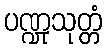
ပဏ္ဍုသုတ္တံ